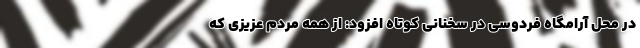
در محل آرامگاه فردوسی در سخنانی کوتاه افزود: از همه مردم عزیزی که